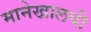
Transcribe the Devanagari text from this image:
मानेखालची